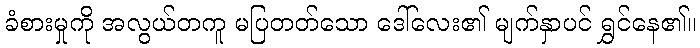
ခံစားမှုကို အလွယ်တကူ မပြတတ်သော ဒေါ်လေး၏ မျက်နှာပင် ရွှင်နေ၏။